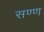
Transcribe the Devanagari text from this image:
सण्ण